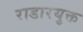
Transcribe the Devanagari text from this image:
राडारयुक्त